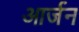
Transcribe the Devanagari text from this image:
आर्जन